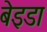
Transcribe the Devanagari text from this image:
बेइडा